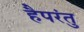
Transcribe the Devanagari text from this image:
हैपरंतु